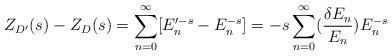
LaTeX: \begin{align*}Z_{D'}(s)-Z_D(s) = \sum_{n=0}^{\infty}[E_n'^{-s} - E_n^{-s}] =-s\sum_{n=0}^{\infty}({{\delta E_n}\over{E_n}})E_n^{-s}\end{align*}